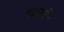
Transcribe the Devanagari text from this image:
इटालोन